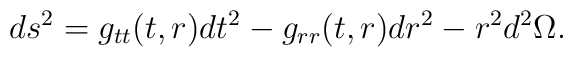
ds^2 = g_{tt}(t,r) dt^2 - g_{rr}(t,r) dr^2 -r^2 d^2 \Omega .